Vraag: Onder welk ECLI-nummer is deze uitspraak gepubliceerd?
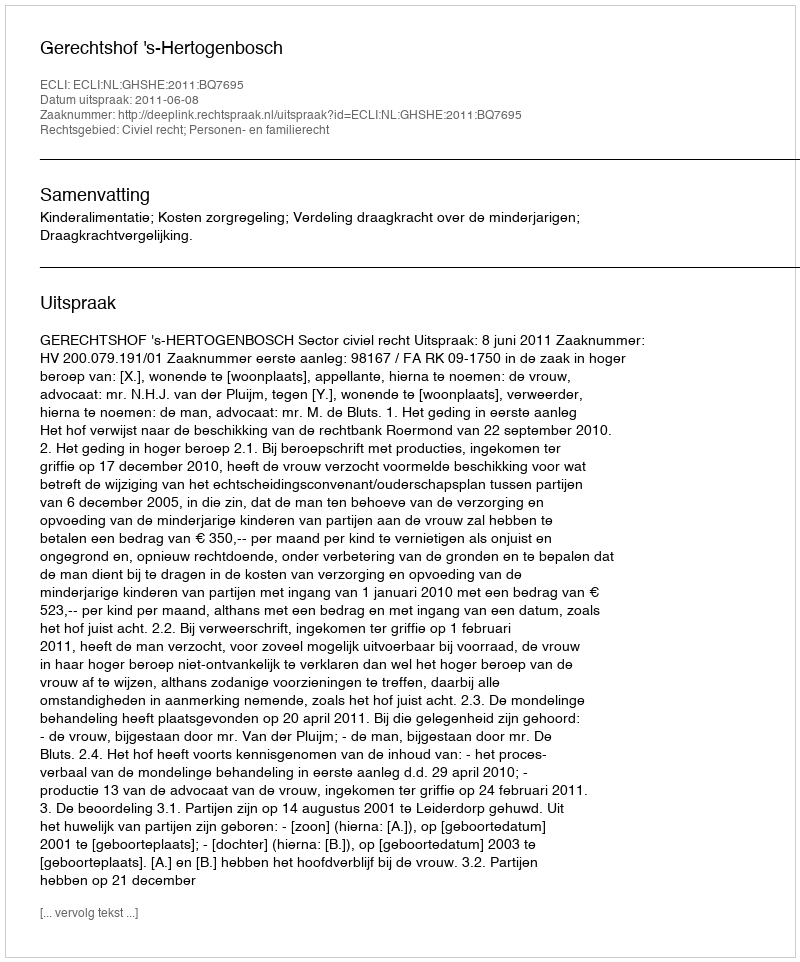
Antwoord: ECLI:NL:GHSHE:2011:BQ7695